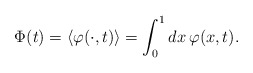
\begin{align*}{\Phi}(t) = \left\langle \varphi(\cdot,t) \right\rangle = \int_0^1 dx\,\varphi(x,t).\end{align*}